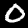
Label: 0